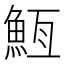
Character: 䱍